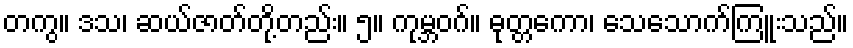
တကွ။ ဒသ၊ ဆယ်ဇာတ်တို့တည်း။ ၅။ ကုမ္ဘဝဂ်။ ဓုတ္တကော၊ သေသောက်ကြူးသည်။